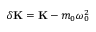
\delta \mathbf { K } = \mathbf { K } - m _ { 0 } \omega _ { 0 } ^ { 2 }